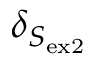
\delta _ { S _ { \mathrm { e x 2 } } }